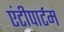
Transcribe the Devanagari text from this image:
एंटीपार्टम